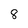
Character: 8